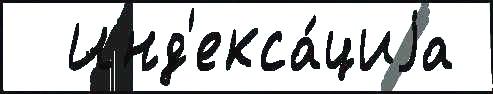
  Инд'екса́циjа